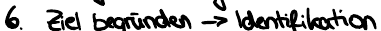
6. Ziel begründen -> Identifikation